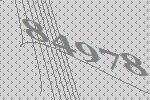
84978